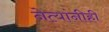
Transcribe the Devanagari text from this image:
नेत्यांनीही